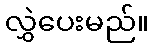
လွှဲပေးမည်။